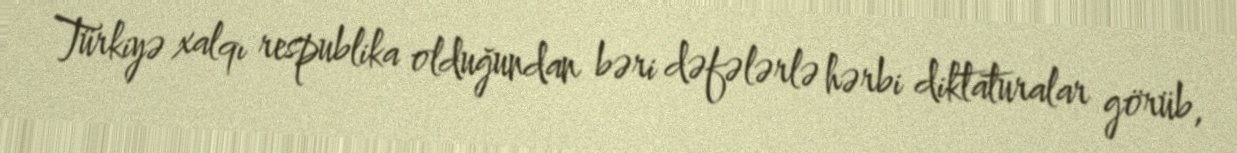
Türkiyə xalqı respublika olduğundan bəri dəfələrlə hərbi diktaturalar görüb,